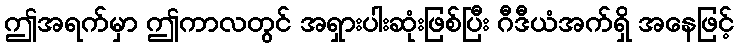
ဤအရက်မှာ ဤကာလတွင် အရှားပါးဆုံးဖြစ်ပြီး ဂီဒီယံအက်ရှိ အနေဖြင့်